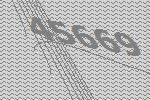
45669